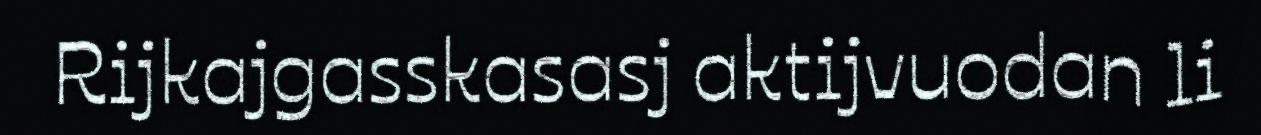
Rijkajgasskasasj aktijvuodan li